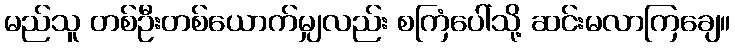
မည်သူ တစ်ဦးတစ်ယောက်မျှလည်း စကြံပေါ်သို့ ဆင်းမလာကြချေ။